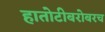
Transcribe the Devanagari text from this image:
हातोटीबरोबरच